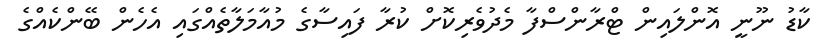
ކާޑު ނޫނީ އޮންލައިން ޓްރާންސްފާ މެދުވެރިކޮށް ކުރާ ފައިސާގެ މުއާމަލާތެއްގައި އެހެން ބޭންކެއްގެ